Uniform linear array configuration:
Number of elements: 64
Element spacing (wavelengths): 0.25
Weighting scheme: exponential
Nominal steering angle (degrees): -30
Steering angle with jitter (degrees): -31.181
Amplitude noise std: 0.05
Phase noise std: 0.05

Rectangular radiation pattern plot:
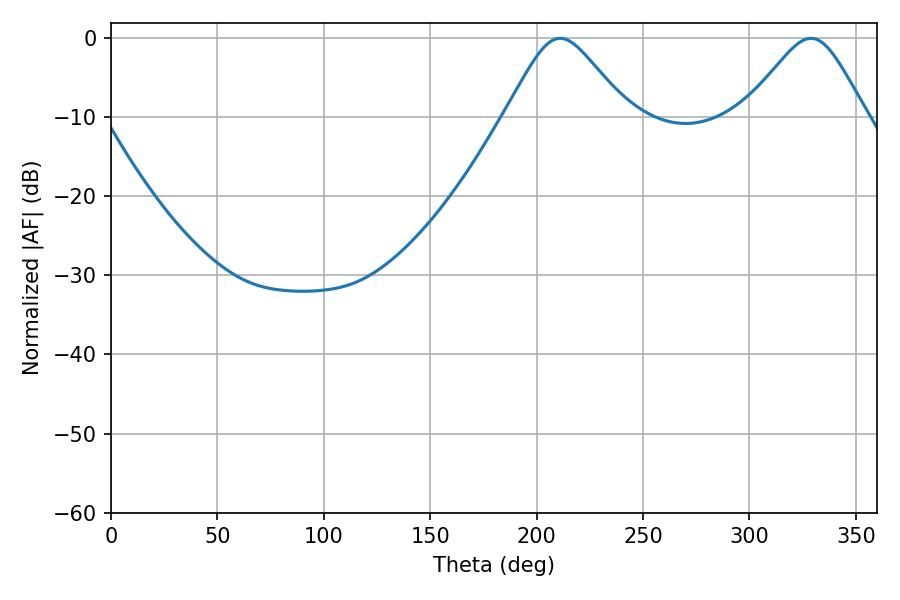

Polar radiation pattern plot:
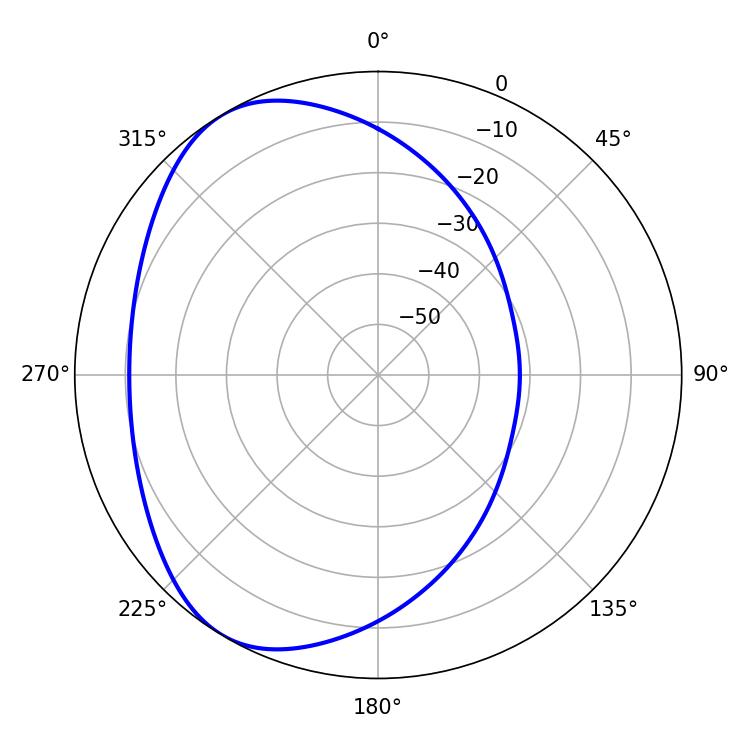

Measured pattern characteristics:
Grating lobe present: FALSE
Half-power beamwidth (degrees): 27.72
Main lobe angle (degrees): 211.14